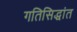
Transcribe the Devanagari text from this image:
गतिसिद्धांत